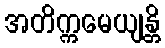
အတိက္ကမေယျန္တိ